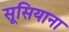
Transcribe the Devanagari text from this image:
सूसियाना